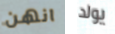
انهن يولد